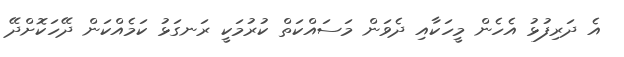
އެ ދަރިފުޅު އެހެން މީހަކާއި ދެވަން މަސައްކަތް ކުރުމަކީ ރަނގަޅު ކަމެއްކަން ދޭހަކޮށްދޭ